Enquiry on enteric fever in India - Number 32
Disease focus: Fever
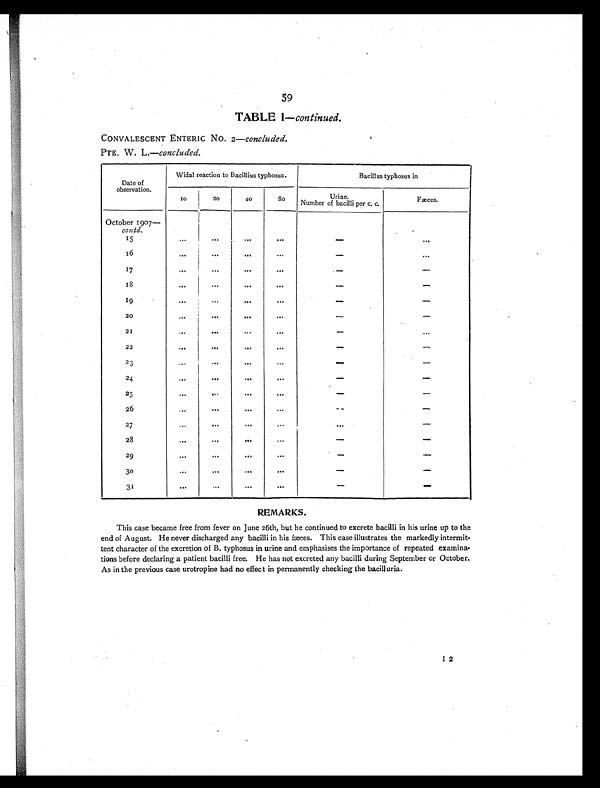
59
TABLE I — continued.
CONVALESCENT ENTERIC No. 2— concluded.
PTE. W. L.— concluded.
Date of
observation.
Widal reaction to Bacillius typhosus.
Bacillus typhosus in
10
20
40
80
Urine.
Number of bacilli per c. c.
Fæces.
October 1907—
contd.
15
. . .
. . .
. . .
. . .
—
. . .
16
. . .
. . .
. . .
. . .
—
. . .
17
. . .
. . .
. . .
. . .
—
—
1 8 . . .
. . .
. . .
. . .
—
—
19
. . .
. . .
. . .
. . .
—
—
20
. . .
...
. . .
. . .
—
—
21
. . .
...
. . .
. . .
—
. . .
22
. . .
. . .
. . .
. . .
—
—
23
. . .
. . .
. . .
. . .
—
—
24
...
. . .
. . .
. . .
—
—
25
. . .
. . .
. . .
. . .
—
—
26
...
. . .
. . .
. . .
—
—
27
. . .
. . .
. . .
. . .
. . .
—
28
. . .
. . .
. . .
. . .
—
—
29
. . .
. . .
. . .
. . .
—
—
30
. . .
. . .
. . .
. . .
—
—
31
. . .
. . .
. . .
. . .
—
—
REMARKS.
This case became free from fever on June 26th, but he continued to excrete bacilli in his urine up to the
end of August. He never discharged any bacilli in his fæces. This case illustrates the markedly intermit-
tent character of the excretion of B. typhosus in urine and emphasises the importance of repeated examina-
tions before declaring a patient bacilli free. He has not excreted any bacilli during September or October.
As in the previous case urotropine had no effect in permanently checking the bacilluria.
1 2
I2